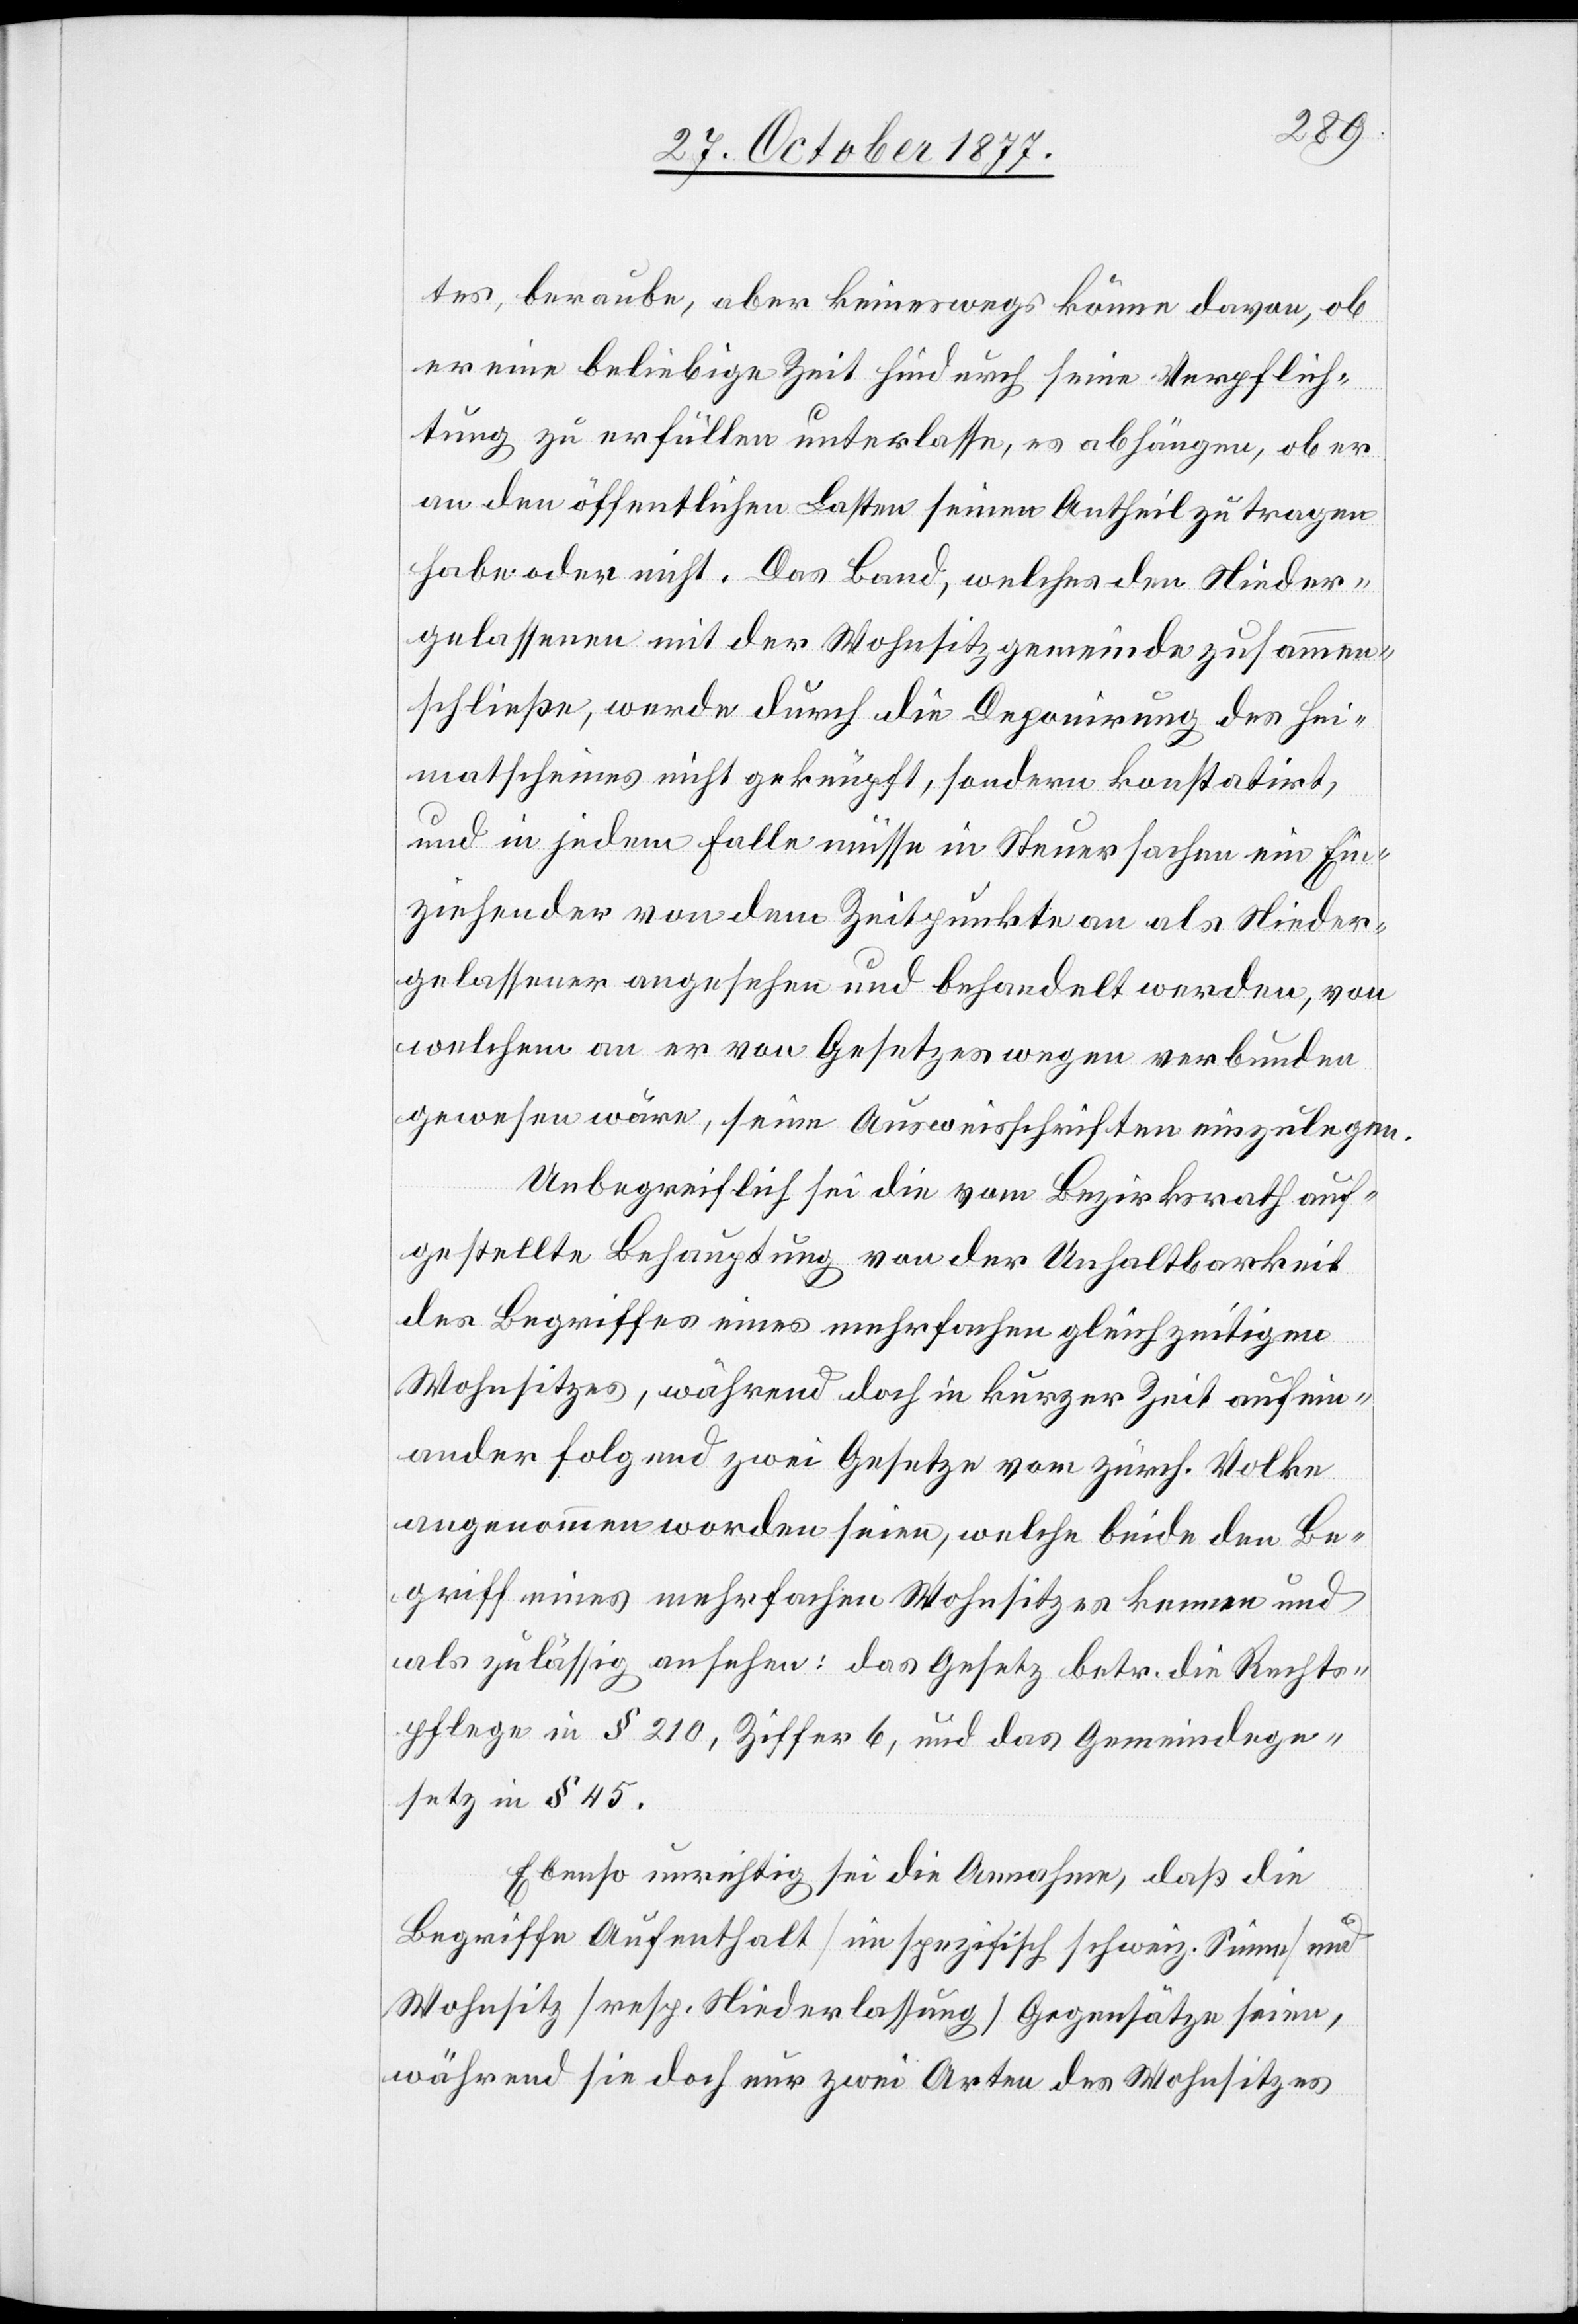
tes, beraube, aber keineswegs könne davon, ob
er eine beliebige Zeit hindurch seine Verpflich¬
tung zu erfüllen unterlasse, es abhängen, ob er
an den öffentlichen Lasten seinen Antheil zu tragen
habe oder nicht. Das Band, welches den Nieder¬
gelassenen mit der Wohnsitzgemeinde zusammen¬
schließe, werde durch die Deponirung des Hei¬
matscheines nicht geknüpft, sondern konstatirt,
und in jedem Falle müsse in Steuersachen ein Ein¬
ziehender von dem Zeitpunkte an als Nieder¬
gelassener angesehen und behandelt werden, von
welchem an er von Gesetzes wegen verbunden
gewesen wäre, seine Ausweisschriften einzulegen.
Unbegreiflich sei die vom Bezirksrath auf¬
gestellte Behauptung von der Unhaltbarkeit
des Begriffes eines mehrfachen gleichzeitigen
Wohnsitzes, während doch in kurzer Zeit aufein¬
ander folgend zwei Gesetze vom zürch. Volke
angenommen worden seien, welche beide den Be¬
griff eines mehrfachen Wohnsitzes kennen und
als zulässig ansehen: das Gesetz betr. die Rechts¬
pflege in § 210, Ziffer 6, und das Gemeindege¬
setz in § 45.
Ebenso unrichtig sei die Annahme, daß die
Begriffe Aufenthalt [im spezifisch schweiz. Sinne] und
Wohnsitz [resp. Niederlassung] Gegensätze seien,
während sie doch nur zwei Arten des Wohnsitzes